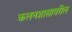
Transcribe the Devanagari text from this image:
कलनशास्त्रावरील